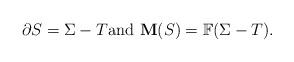
LaTeX: \begin{align*}\mbox{$\partial S=\Sigma-T$and $\mathbf{M}(S)=\mathbb{F}(\Sigma-T)$.}\end{align*}